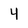
Character: 4